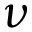
\nu